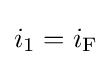
i_{\text{1}}=i_{\text{F}}